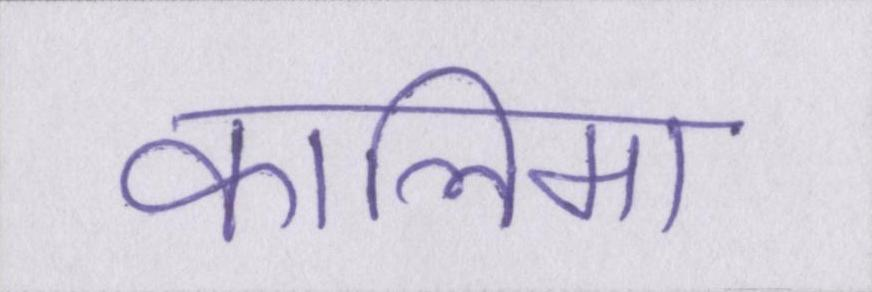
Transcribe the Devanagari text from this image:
कालिमा